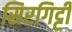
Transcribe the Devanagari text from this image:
सिरगिट्टी